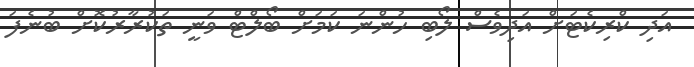
އަދި ކްރިކެޓަށް އަދިވެސް ލޯބި ހުންނަ ކަމަށް ބޯލްޓް ވަނީ ތަކުރާރުކޮށް ބުނެފަ